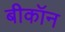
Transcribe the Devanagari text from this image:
बीकॉन